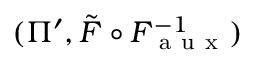
( \Pi ^ { \prime } , \tilde { F } \circ F _ { \mathrm { ~ a ~ u ~ x ~ } } ^ { - 1 } )